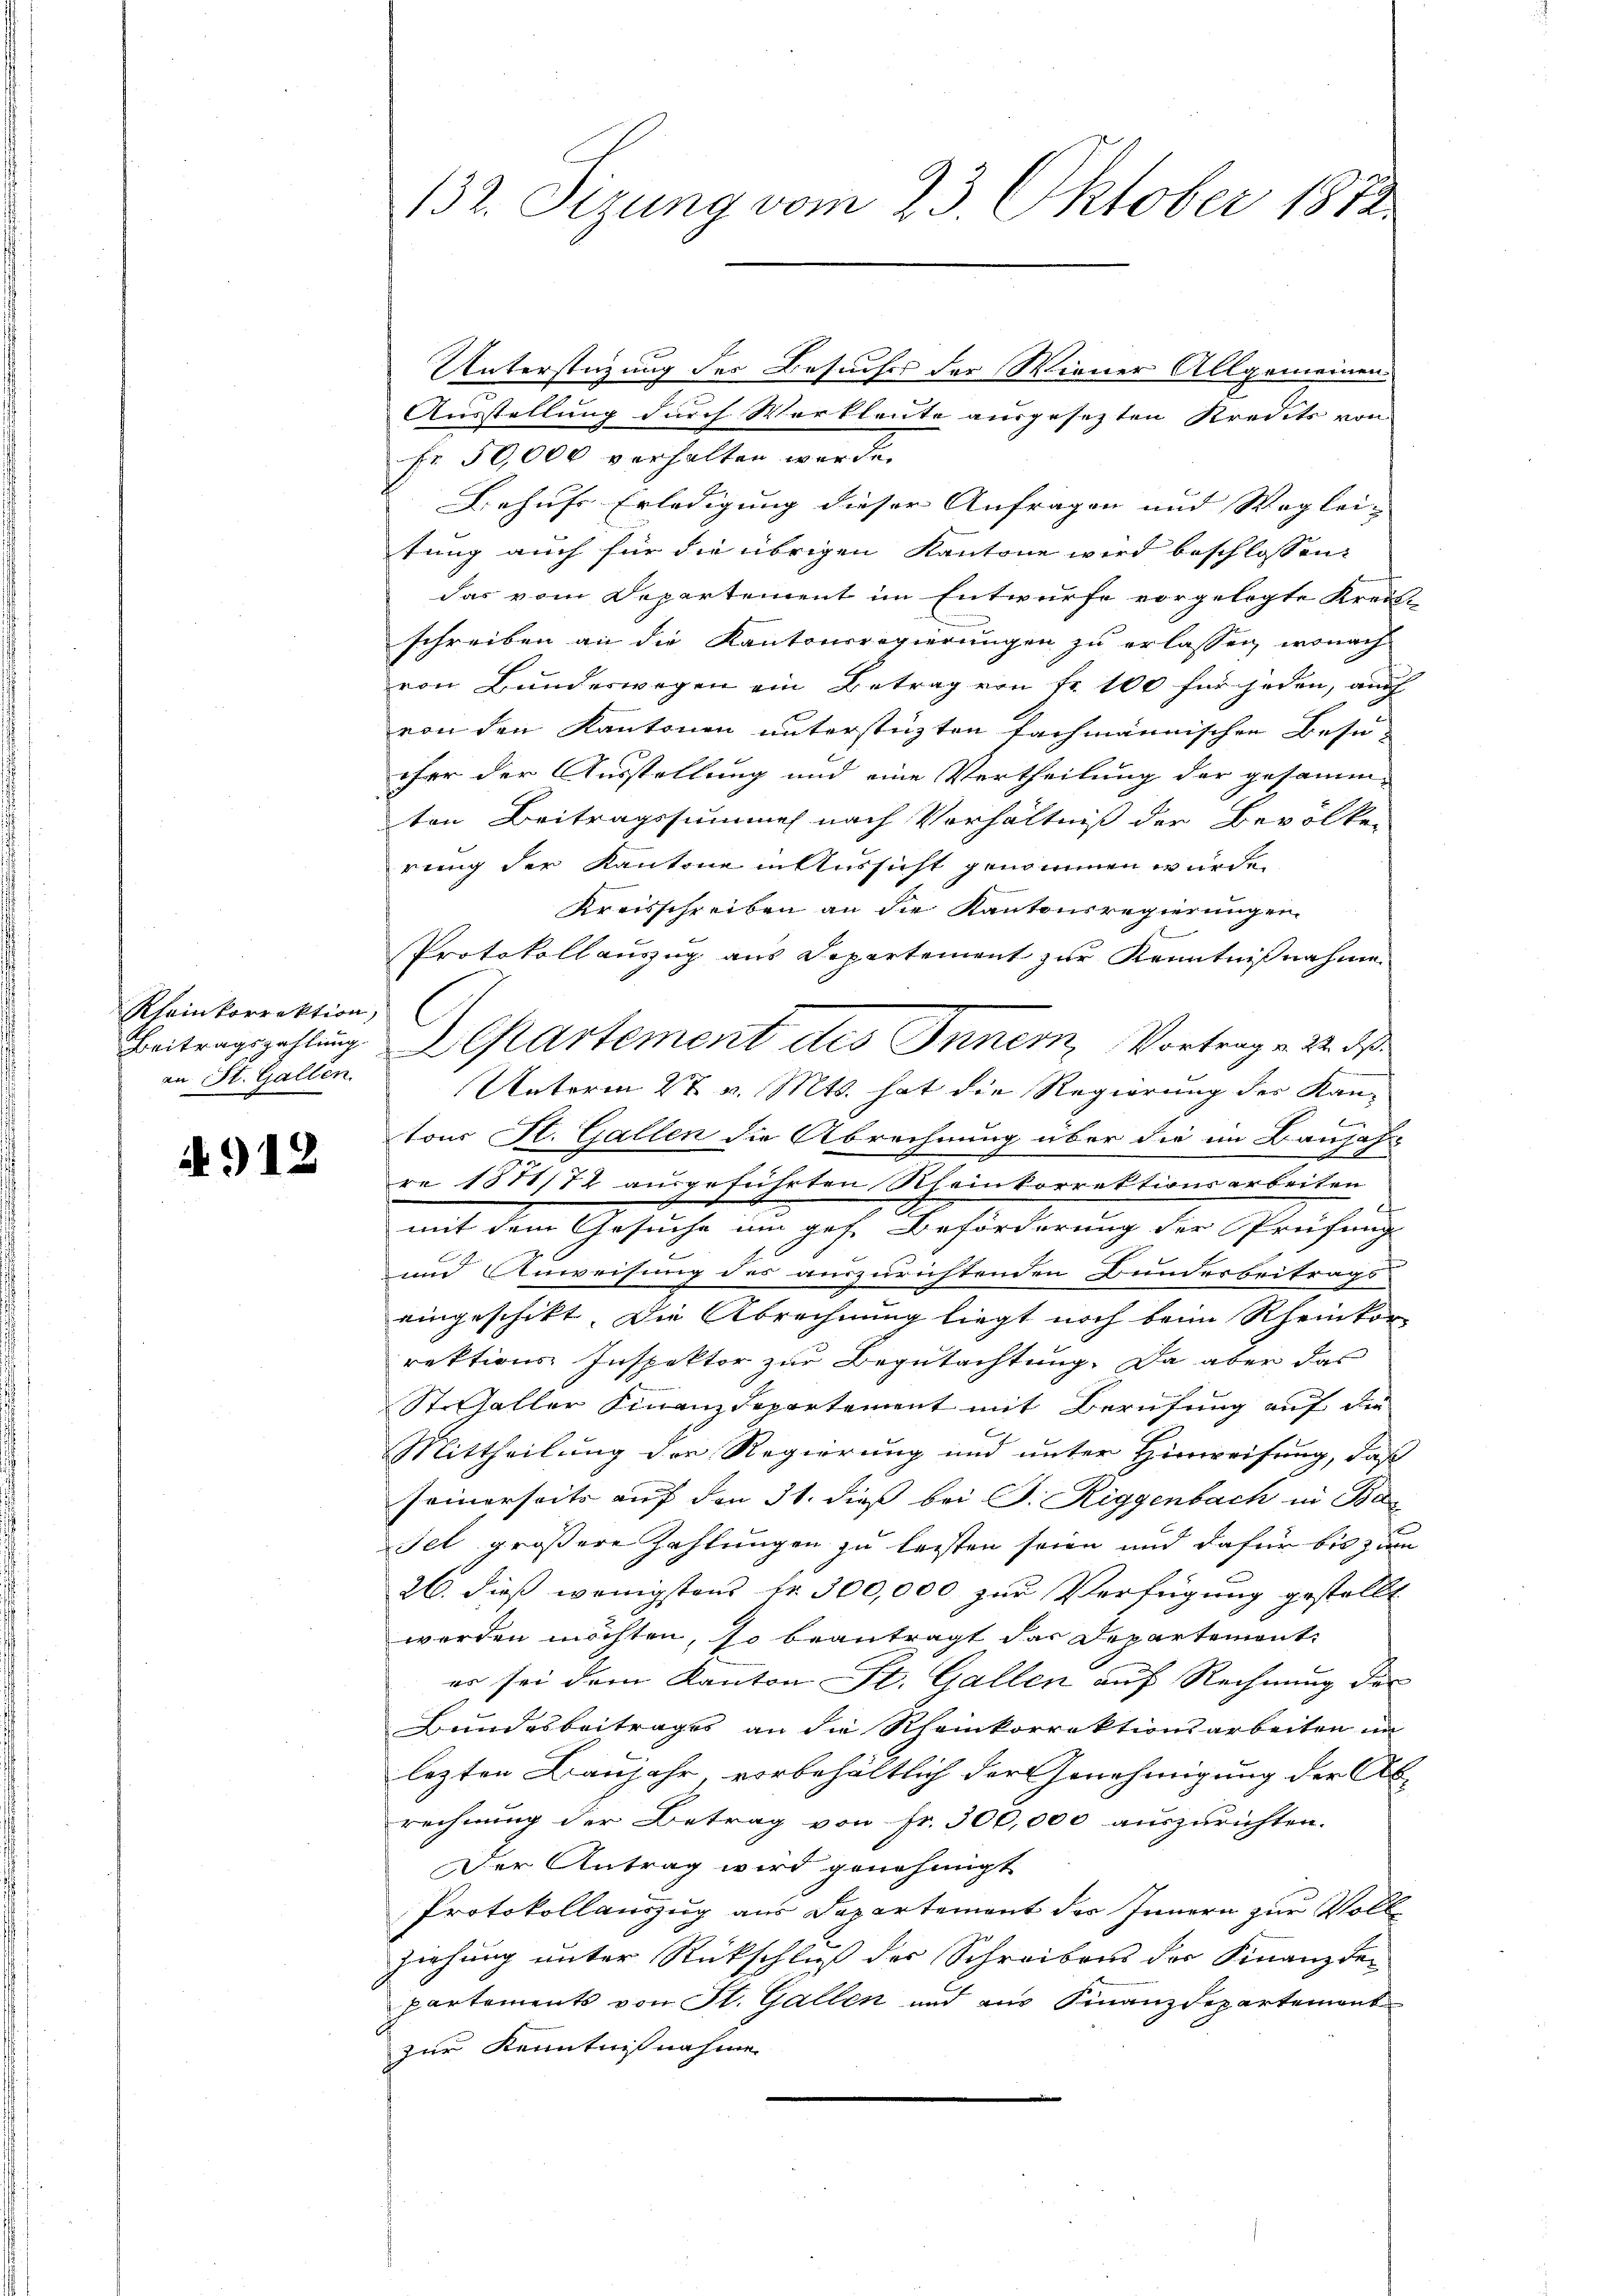
Rheinkorrektion,
an St. Gallen.

918

132. Sizung vom 23. Oktober 1814.

Unterstüzung des Besuches der Wiener Allgemeinen
Ausstellung durch Werkleute ausgesezten Kredits von
Fr. 50,000 verhalten werde.
Behufs Erledigung dieser Anfragen und Weglei- |
tung auch für die übrigen Kantone wird beschlossen,
das vom Departement im Entwurfe vorgelegte Kreis-
schreiben an die Kantonsregierungen zu erlassen, wonach
von Bundeswegen ein Betrag von Fr. 100 für jeden, auch
von den Kantonen unterstüzten fachmännischen Besu-
cher der Ausstellung und eine Vertheilung der gesammten Beitragssumme nach Verhältniß der Bevölker
rung der Kantone in Aussicht genommen wurde.
Kreisschreiben an die Kantonsregierungen
Protokollauszug aus Departement zur Kenntnißnahme
Beitragszahlung A Cartement des Innern, Vortrag v. 24. de
Unterm 27. v. Mts. hat die Regierung der Kan-
b
tons St. Gallen die Abrechnung über die im Banjahr
re 1878/72 ausgeführten Meinkorrektionsarbeiten
.
mit dem Gesuche um gese Beförderung der Frücherig
und Anweisung des auszurichtenden Bundesbeitrags-
eingeschikt, die Abrechnung liegt noch beim Rheinkorrektions Inspektor zur Begutachtung. Da aber das
St. Galler Finanzdepartement mit Berufung auf die
Mittheilung der Regierung und unter Hinweisung, daß
seinerseits auf den 31. dieß bei J. Riggenbach in Ba¬
Fel größere Zahlungen zu leisten seien und dafür bis zum
26. dieß wenigstens fr. 300,000 zur Verfügung gestellt
worden möchten, so beantragt dar Departemont.
er sei dem Kanton St. Gallen auf Rechnung der
Bundesbeitrages an die Rheinkorrektionsarbeiten im
lezten Baujahr, vorbehältlich der Genehmigung der Ab
rechnung der Betrag von Fr. 300,000 auszurichten.
Der Antrag wird genehmigt
Protokollauszug aus Departement der Innern zur Vollziehung unter Rückschluß der Schreibens der Finanz bepartements von St. Gallen und aus Finanzdepartement
zur Kenntnißnahme